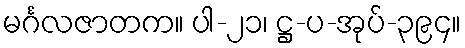
မင်္ဂလဇာတက။ ပါ-၂၁၊ ဋ္ဌ-ပ-အုပ်-၃၉၄။